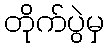
တိုက်ပွဲမှ